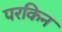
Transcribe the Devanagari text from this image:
परकिन